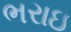
ભરાઇ